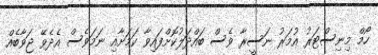
ހޯމް މިނިސްޓަރު އުމަރު ނަސީރާ ވެސް ބައްދަލުކޮށްފައިވާ ކަމަށާއި ނަމަވެސް އެދެވޭ ޖަވާބެއް